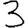
Digit: 3